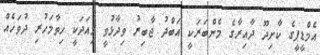
އެމްޑީޕީގެ ކާށިދޫ ދާއިރާގެ މެންބަރަކީ އަބްދު ޖާބިރު ވިދާޅުވީ މިއަދަކީ ހިތާމަހުރި ދުވަހެއް